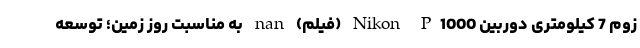
زوم 7 کیلومتری دوربین Nikon P1000 (فیلم) nan به مناسبت روز زمین؛ توسعه